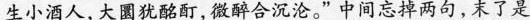
生小酒人，大圜犹酩酊，微醉合沉沦。”中间忘掉两句，末了是